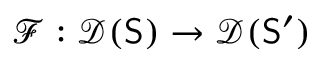
\mathcal { F } : \mathcal { D } ( \mathsf { S } ) \rightarrow \mathcal { D } ( \mathsf { S } ^ { \prime } )